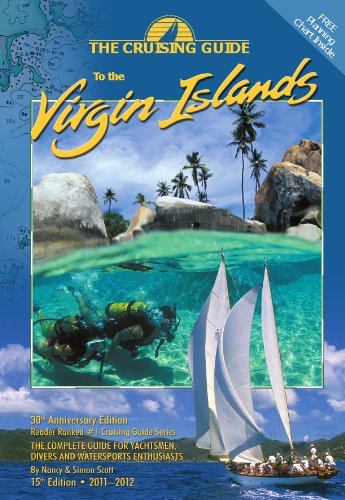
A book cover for Cruising Guide to the Virgin Islands; Nancy & Simon Scott; Travel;